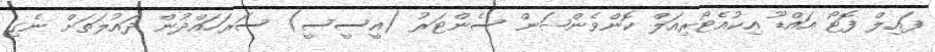
ފައިލް ފޮޓޯ އައްޑޫ އިކުއެޓޯރިއަލް ކޮންވެންޝަން ސެންޓަރު (އީސީސީ) ސަރަހައްދުން ދައުލަތަށް ނެގި